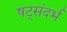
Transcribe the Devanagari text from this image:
षट्संदर्भ